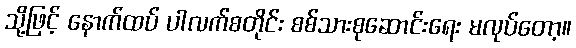
သို့ဖြင့် နောက်ထပ် ပါလက်စတိုင်း စစ်သားစုဆောင်းရေး မလုပ်တော့။